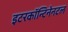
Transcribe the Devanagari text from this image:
इटरकॉन्टिनेनटल